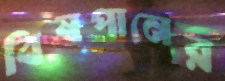
বিষপানের